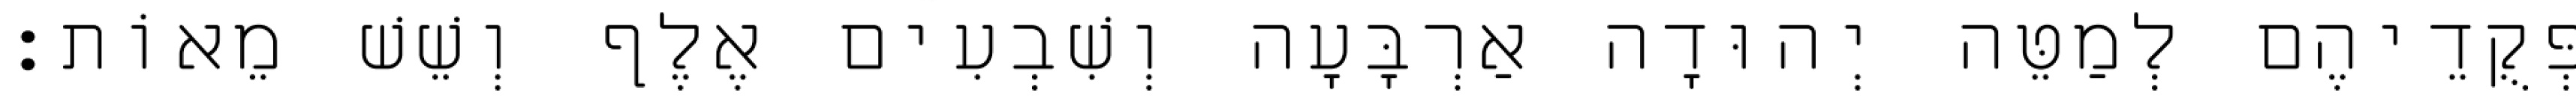
פְּקֻדֵיהֶם לְמַטֵּה יְהוּדָה אַרְבָּעָה וְשִׁבְעִים אֶלֶף וְשֵׁשׁ מֵאוֹת׃